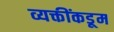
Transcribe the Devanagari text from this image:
व्यक्तींकडूम